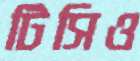
টিসিও